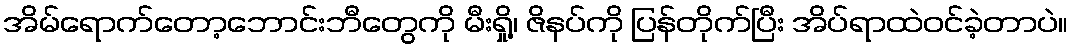
အိမ်ရောက်တော့ဘောင်းဘီတွေကို မီးရှို့၊ ဇိနပ်ကို ပြန်တိုက်ပြီး အိပ်ရာထဲဝင်ခဲ့တာပဲ။